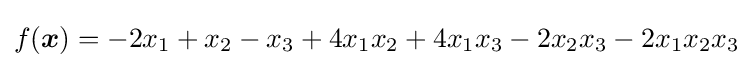
\displaystyle f({\boldsymbol {x}})=-2x_{1}+x_{2}-x_{3}+4x_{1}x_{2}+4x_{1}x_{3}-2x_{2}x_{3}-2x_{1}x_{2}x_{3}